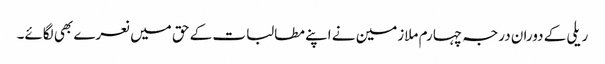
ریلی کے دوران درجہ چہارم ملازمین نے اپنے مطالبات کے حق میں نعرے بھی لگائے۔